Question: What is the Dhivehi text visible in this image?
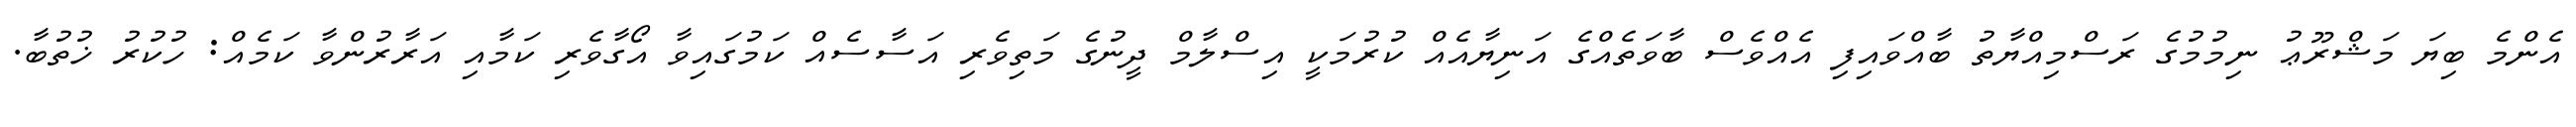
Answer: އެންމެ ބިޔަ މަޝްރޫޢު ނިމުމުގެ ރަސްމިއްޔާތު ބާއްވައިފި އެއްވެސް ބާވަތެއްގެ އަނިޔާއެއް ކުރުމަކީ އިސްލާމް ދީނުގެ މަތިވެރި އަސާސެއް ކަމުގައިވާ އޯގާވެރި ކަމާއި އަރާރުންވާ ކަމެއް: ހުކުރު ޚުތުބާ.